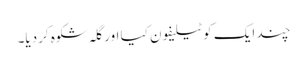
چند ایک کو ٹیلیفون کیا اور گلہ شکوہ کردیا۔